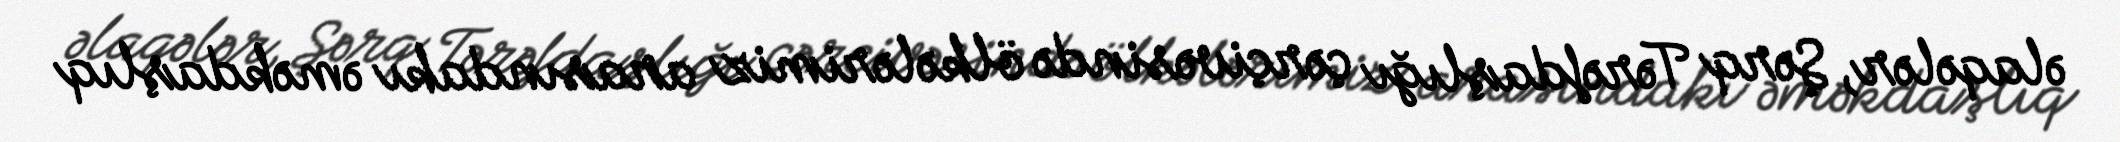
əlaqələr, Şərq Tərəfdaşlığı çərçivəsində ölkələrimiz arasındakı əməkdaşlıq